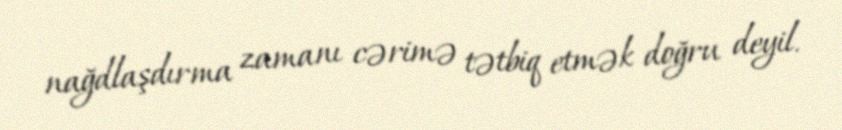
nağdlaşdırma zamanı cərimə tətbiq etmək doğru deyil.